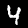
Digit: 4